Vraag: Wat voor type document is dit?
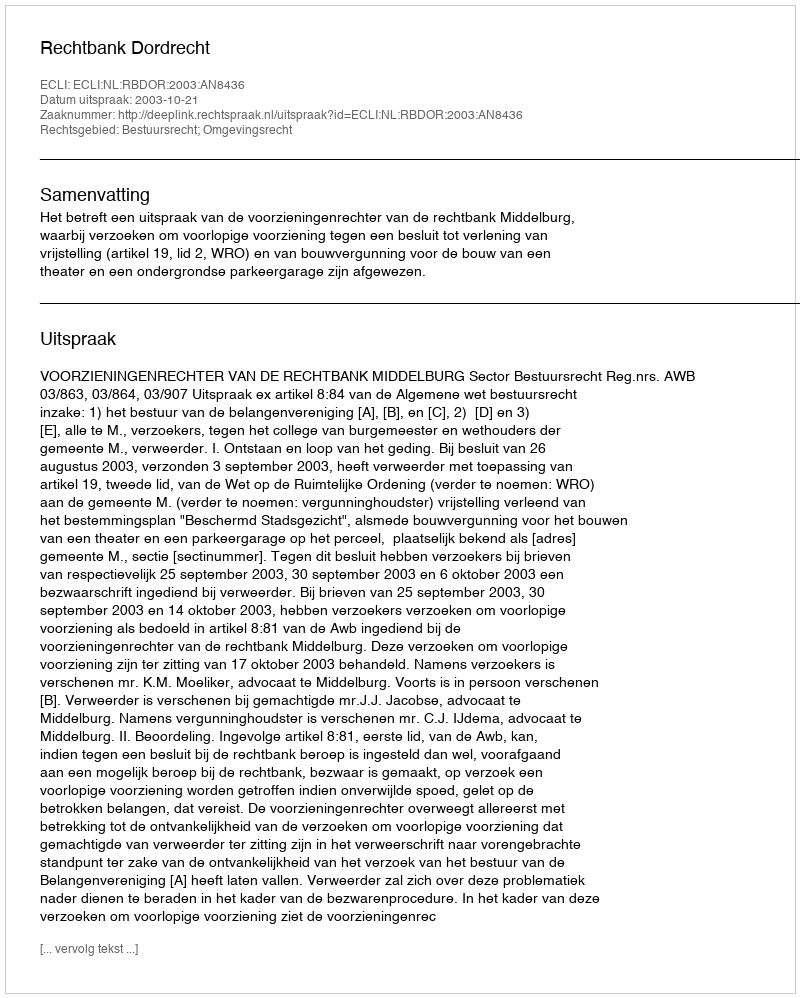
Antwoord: Uitspraak